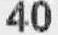
40